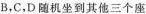
B，C，D随机坐到其他三个座